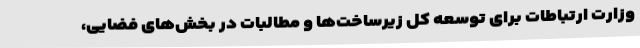
وزارت ارتباطات برای توسعه کل زیرساخت‌ها و مطالبات در بخش‌های فضایی،